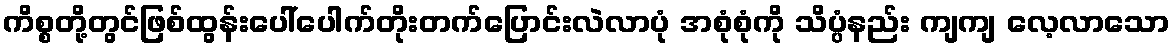
ကိစ္စတို့တွင်ဖြစ်ထွန်းပေါ်ပေါက်တိုးတက်ပြောင်းလဲလာပုံ အစုံစုံကို သိပ္ပံနည်း ကျကျ လေ့လာသော